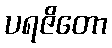
ပရဇိတော